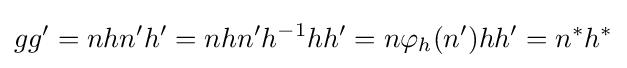
gg'=nhn'h'=nhn'h^{-1}hh'=n\varphi _{h}(n')hh'=n^{*}h^{*}